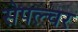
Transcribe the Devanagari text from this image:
सेपल्चर